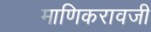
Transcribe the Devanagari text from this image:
माणिकरावजी